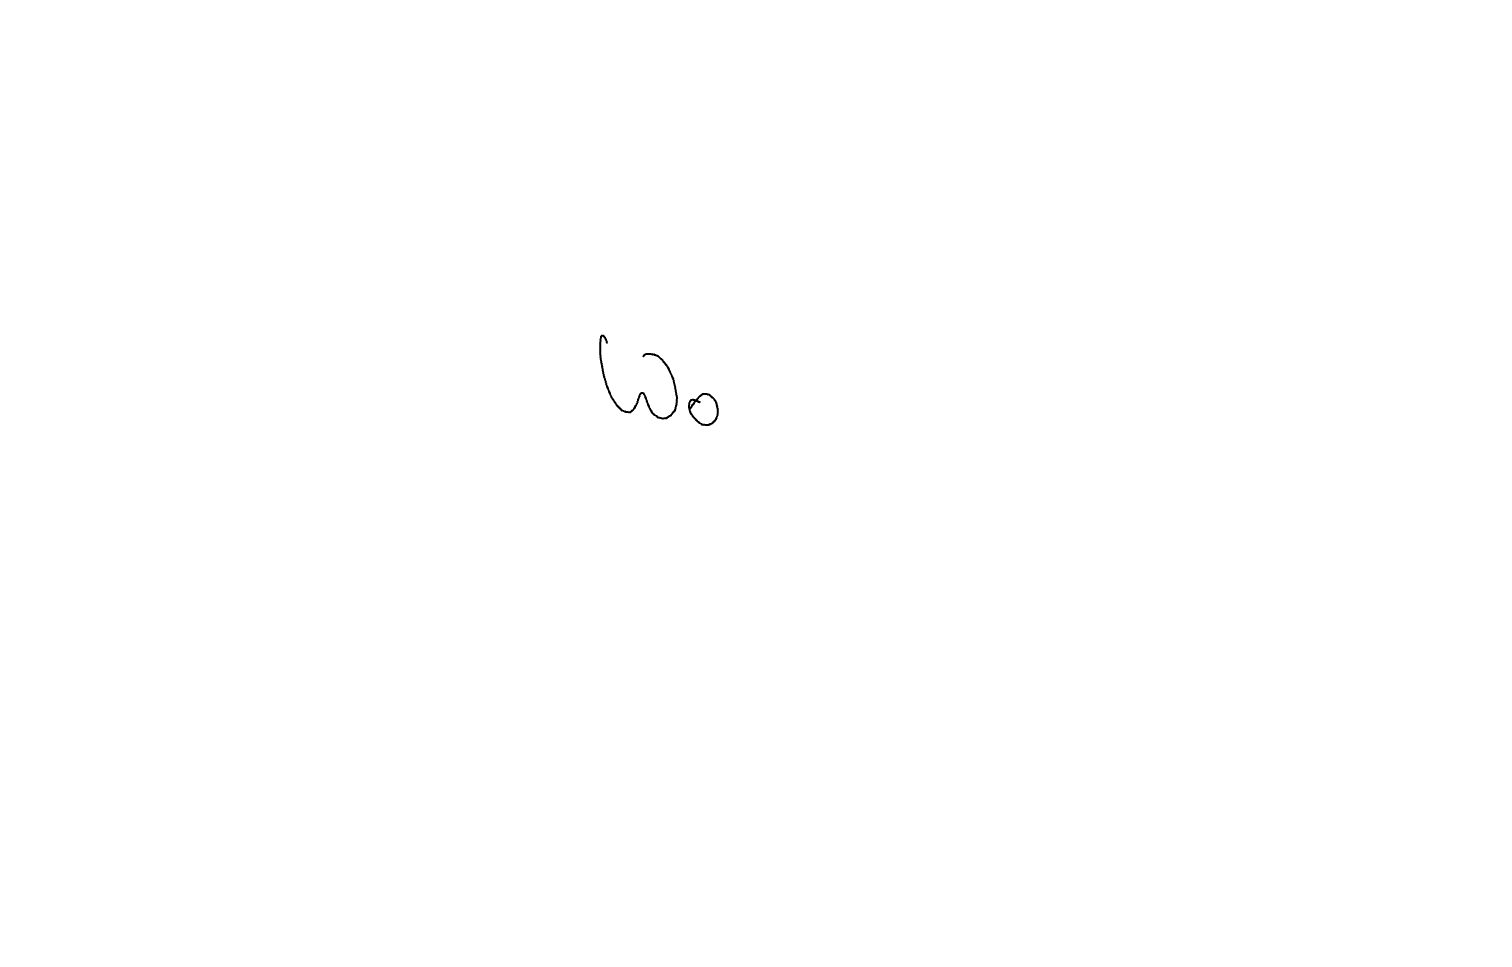
Text: Wo